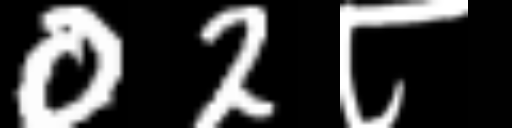
Text: 02८